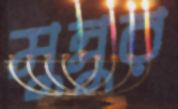
মুন্নুর